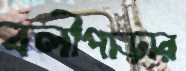
বলীপাড়ার